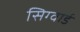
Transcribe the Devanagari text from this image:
सिग्वार्ड